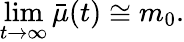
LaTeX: \operatorname*{lim}_{t\rightarrow\infty}\bar{\mu}(t)\cong m_{0}.